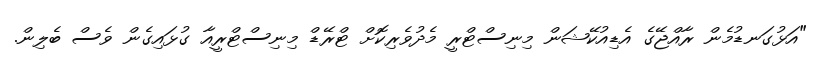
"އަޅުގަނޑުމެން ރާއްޖޭގެ އެޑިއުކޭޝަން މިނިސްޓްރީ މެދުވެރިކޮށް ޓްރޭޑް މިނިސްޓްރީއާ ގުޅައިގެން ވެސް ބެލިން.